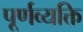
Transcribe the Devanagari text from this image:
पूर्णव्यक्ति